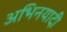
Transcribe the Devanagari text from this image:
अभिनयादी